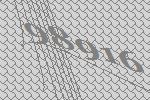
98916